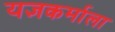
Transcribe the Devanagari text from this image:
यज्ञकर्माला